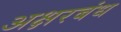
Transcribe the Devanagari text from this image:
अक्षरबंध